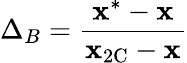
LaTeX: \Delta_{B}=\frac{\mathbf{x}^{*}-\mathbf{x}}{\mathbf{x}_{\mathrm{2C}}-\mathbf{x}}